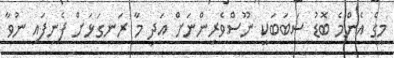
މީގެ އެންމެ ބޮޑު ސަބަބަކީ ނޫސްވެރިންނަށް އަދި މާ ރަނގަޅަށް ފެނިފައި ނުވާ